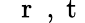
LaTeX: \mathrm{~{~\mathbf~r~}~,~t~}